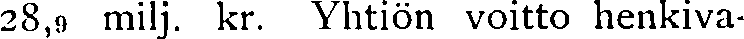
28,9 milj. kr. Yhtiön voitto henkiva-